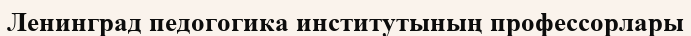
Ленинград педогогика институтының профессорлары